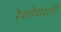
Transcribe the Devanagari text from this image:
रेशोंवाली